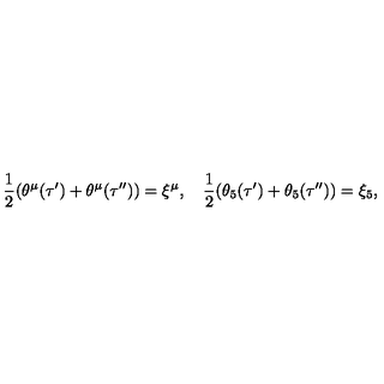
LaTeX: \frac 1 2 ( \theta ^ { \mu } ( \tau ^ { \prime } ) + \theta ^ { \mu } ( \tau ^ { \prime \prime } ) ) = \xi ^ { \mu } , \quad \frac 1 2 ( \theta _ { 5 } ( \tau ^ { \prime } ) + \theta _ { 5 } ( \tau ^ { \prime \prime } ) ) = \xi _ { 5 } ,